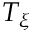
T _ { \xi }